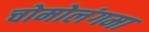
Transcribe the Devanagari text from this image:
चोमोलंगमा